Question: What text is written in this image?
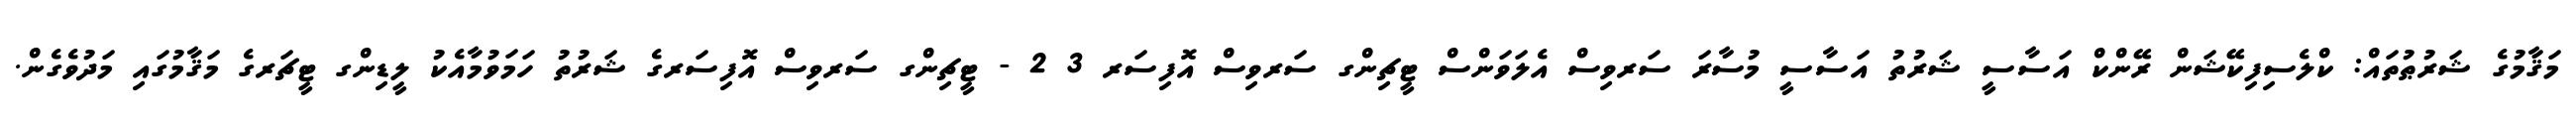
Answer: މަޤާމުގެ ޝަރުޠުތައް: ކްލެސިފިކޭޝަން ރޭންކް އަސާސީ ޝަރުތު އަސާސީ މުސާރަ ސަރވިސް އެލަވަންސް ޓީޗިންގ ސަރވިސް އޮފިސަރ 3 2 - ޓީޗިންގ ސަރވިސް އޮފިސަރގެ ޝަރުތު ހަމަވުމާއެކު ލީޑިންގ ޓީޗަރގެ މަޤާމުގައި މަދުވެގެން.